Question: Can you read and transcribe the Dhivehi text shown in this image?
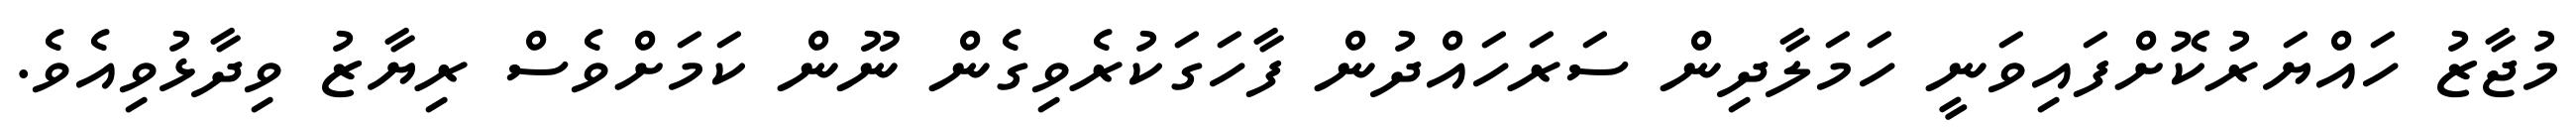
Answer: މުޖާޒު ހައްޔަރުކޮށްފައިވަނީ ހަމަލާދިން ސަރަހައްދުން ފާހަގަކުރެވިގެން ނޫން ކަމަށްވެސް ރިޔާޒު ވިދާޅުވިއެވެ.